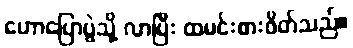
ဟောပြောပွဲသို့ လာပြီး ထမင်းစားဖိတ်သည်။